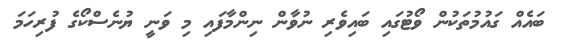
ބައެއް ގައުމުތަކުން ވޯޓުގައި ބައިވެރި ނުވާން ނިންމާފައި މި ވަނީ ޔުނެސްކޯގެ ފުރިހަމަ